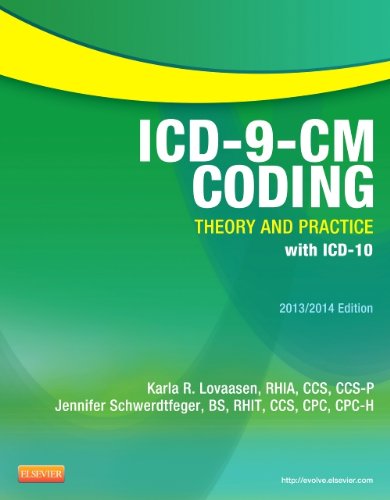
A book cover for ICD-9-CM Coding: Theory and Practice with ICD-10, 2013/2014 Edition, 1e; Karla R. Lovaasen RHIA  CCS  CCS-P; Medical Books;